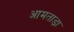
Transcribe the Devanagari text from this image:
आमताड़ा